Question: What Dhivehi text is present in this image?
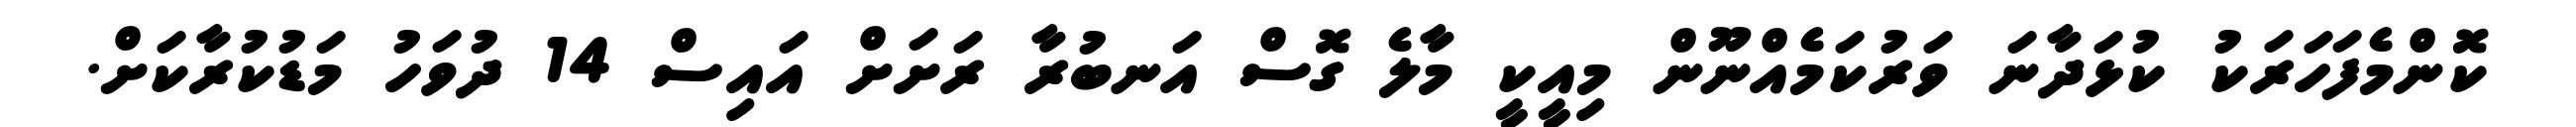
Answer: ކޮންމެފަހަރަކު ކުޅަދާނަ ވަރުކަމެއްނޫން މިއީކީ މާލެ ގޮސް އަނބުރާ ރަށަށް އައިސް 14 ދުވަހު މަޑުކުރާކަށް.